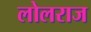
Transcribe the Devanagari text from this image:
लोलराज